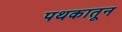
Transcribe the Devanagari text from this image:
पथकातून